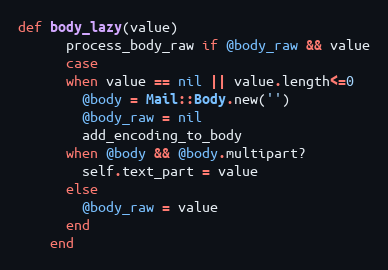
Language: Ruby
def body_lazy(value)
      process_body_raw if @body_raw && value
      case
      when value == nil || value.length<=0
        @body = Mail::Body.new('')
        @body_raw = nil
        add_encoding_to_body
      when @body && @body.multipart?
        self.text_part = value
      else
        @body_raw = value
      end
    end